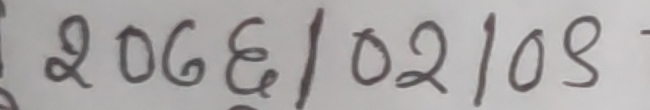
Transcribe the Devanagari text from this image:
२०६६।०२।०९